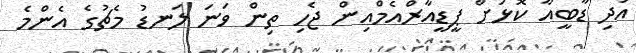
އަދި ޑާބީއާ ކޮޅަށް ޕީޑީއާރްއެމްއިން ޖެހި ތިން ވަނަ ލަނޑު މެޗުގެ އެންމެ